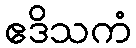
ဧဒိသကံ